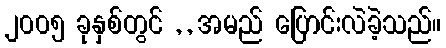
၂၀၀၅ ခုနှစ်တွင် , , အမည် ပြောင်းလဲခဲ့သည်။